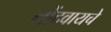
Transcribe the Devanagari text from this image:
नोंदवायचेे